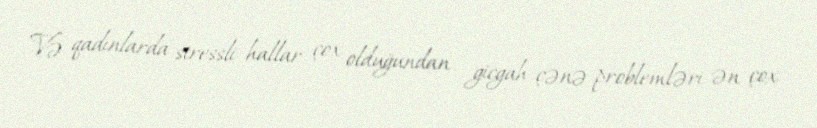
Və qadınlarda stressli hallar çox olduğundan gicgah-çənə problemləri ən çox